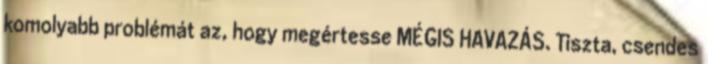
komolyabb problémát az, hogy megértesse MÉGIS HAVAZÁS. Tiszta, csendes